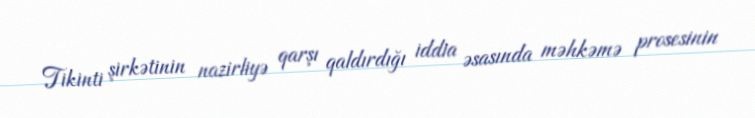
Tikinti şirkətinin nazirliyə qarşı qaldırdığı iddia əsasında məhkəmə prosesinin